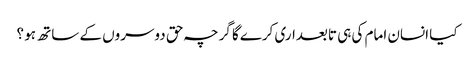
کیا انسان امام کی ہی تابعداری کرےگا گرچہ حق دوسروں کے ساتھ ہو ؟